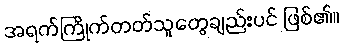
အရက်ကြိုက်တတ်သူတွေချည်းပင် ဖြစ်၏။